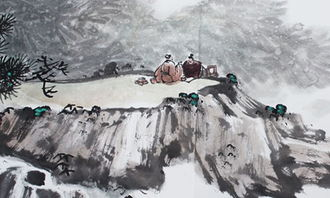
长江悲已滞，万里念将归。